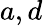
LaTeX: a,d